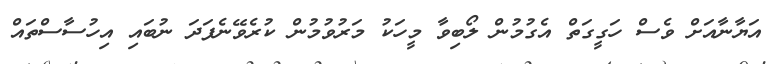
އަޔާނާއަށް ވެސް ހަގީގަތް އެގުމުން ލޯބިވާ މީހަކު މަރުވުމުން ކުރެވޭނެފަދަ ނުބައި އިހުސާސްތައް